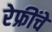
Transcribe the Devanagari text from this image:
रेफ्रींचे